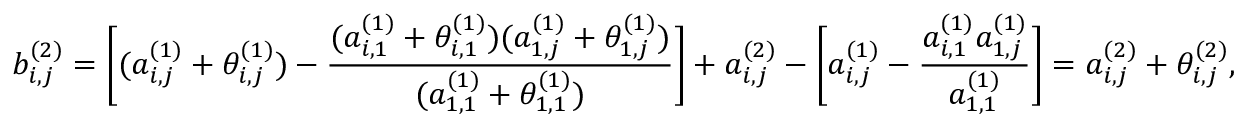
b _ { i , j } ^ { ( 2 ) } = \bigg [ ( a _ { i , j } ^ { ( 1 ) } + \theta _ { i , j } ^ { ( 1 ) } ) - \frac { ( a _ { i , 1 } ^ { ( 1 ) } + \theta _ { i , 1 } ^ { ( 1 ) } ) ( a _ { 1 , j } ^ { ( 1 ) } + \theta _ { 1 , j } ^ { ( 1 ) } ) } { ( a _ { 1 , 1 } ^ { ( 1 ) } + \theta _ { 1 , 1 } ^ { ( 1 ) } ) } \bigg ] + a _ { i , j } ^ { ( 2 ) } - \bigg [ a _ { i , j } ^ { ( 1 ) } - \frac { a _ { i , 1 } ^ { ( 1 ) } a _ { 1 , j } ^ { ( 1 ) } } { a _ { 1 , 1 } ^ { ( 1 ) } } \bigg ] = a _ { i , j } ^ { ( 2 ) } + \theta _ { i , j } ^ { ( 2 ) } ,